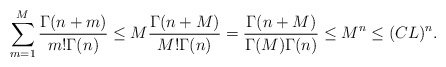
\begin{align*}\sum^{M}_{m=1}\frac{\Gamma(n+m)}{m!\Gamma(n)}\leq M\frac{\Gamma(n+M)}{M!\Gamma(n)}=\frac{\Gamma(n+M)}{\Gamma(M)\Gamma(n)}\leq M^{n}\leq (CL)^n .\end{align*}